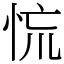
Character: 㤺